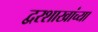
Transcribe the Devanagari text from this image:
द्वरशाखांच्या